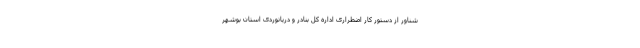
شناور از دستور کار اضطراری اداره کل بنادر و دریانوردی استان بوشهر